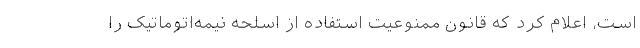
است، اعلام کرد که قانون ممنوعیت استفاده از اسلحه نیمه‌اتوماتیک را